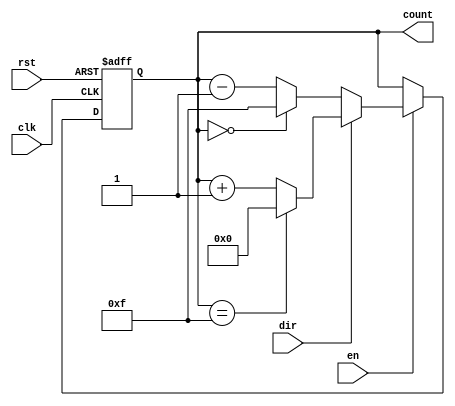
module MemoryBlocksBinaryCounter #(
    parameter COUNT_WIDTH = 4  // Define the bit width of the counter
) (
    input wire clk,               // Clock signal
    input wire rst,               // Asynchronous reset signal
    input wire en,                // Enable signal
    input wire dir,               // Direction signal (1 for up, 0 for down)
    output reg [COUNT_WIDTH-1:0] count  // Current count value
);

    // Asynchronous reset and enable logic
    always @(posedge clk or posedge rst) begin
        if (rst) begin
            count <= 0;  // Reset count to 0
        end else if (en) begin
            if (dir) begin
                // Up counting
                count <= (count == (1 << COUNT_WIDTH) - 1) ? 0 : count + 1; // Wrap around
            end else begin
                // Down counting
                count <= (count == 0) ? (1 << COUNT_WIDTH) - 1 : count - 1; // Wrap around
            end
        end
    end

endmodule